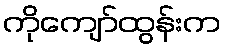
ကိုကျော်ထွန်းက